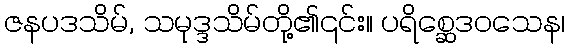
ဇနပဒသိမ်, သမုဒ္ဒသိမ်တို့၏၎င်း။ ပရိစ္ဆေဒဝသေန၊